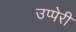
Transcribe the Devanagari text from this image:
उप्पेरी